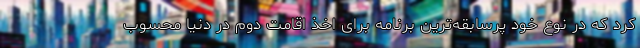
کرد که در نوع خود پرسابقه‌ترین برنامه برای اخذ اقامت دوم در دنیا محسوب